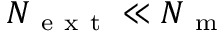
N _ { \mathrm { ~ e ~ x ~ t ~ } } \ll N _ { \mathrm { ~ m ~ } }